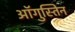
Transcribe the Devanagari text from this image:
ऑगुस्तिन